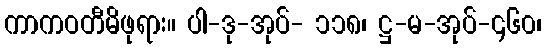
ကာကဝတီမိဖုရား။ ပါ-ဒု-အုပ်- ၁၁၈၊ ဋ္ဌ-မ-အုပ်-၄၆၀၊